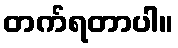
တက်ရတာပါ။